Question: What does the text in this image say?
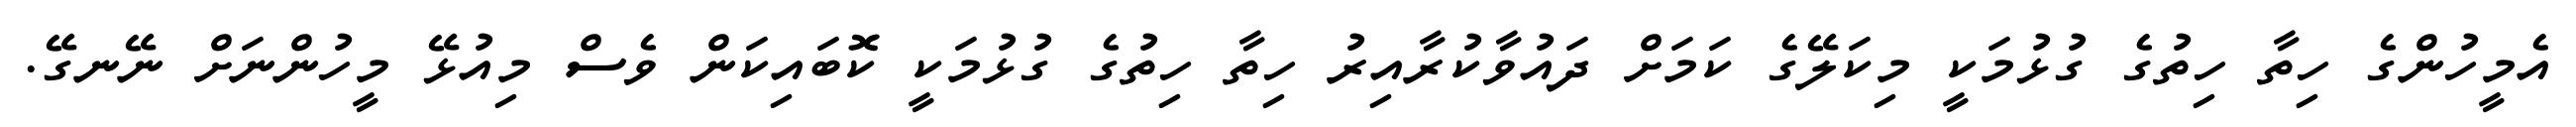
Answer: އެމީހުންގެ ހިތާ ހިތުގެ ގުޅުމަކީ މިކަލޭގެ ކަމަށް ދައުވާކުރާއިރު ހިތާ ހިތުގެ ގުޅުމަކީ ކޮބައިކަން ވެސް މިއުޅޭ މީހުންނަށް ނޭނގޭ.